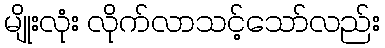
မျိုးလုံး လိုက်လာသင့်သော်လည်း